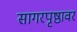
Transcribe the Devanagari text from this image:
सागरपृष्ठावर